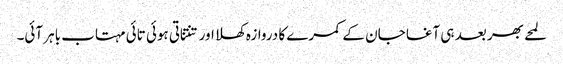
لمحے بھر بعد ہی آغا جان کے کمرے کا دروازہ کھلا اور تنتناتی ہوئی تائی مہتاب باہر آئی۔